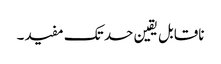
ناقابل یقین حد تک مفید۔